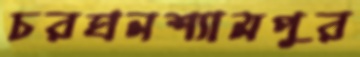
চরঘনশ্যামপুর